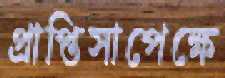
প্রাপ্তিসাপেক্ষে